Source: Handwritten
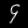
Digit: ၄ (4)